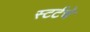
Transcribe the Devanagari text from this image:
स्टर्टचे